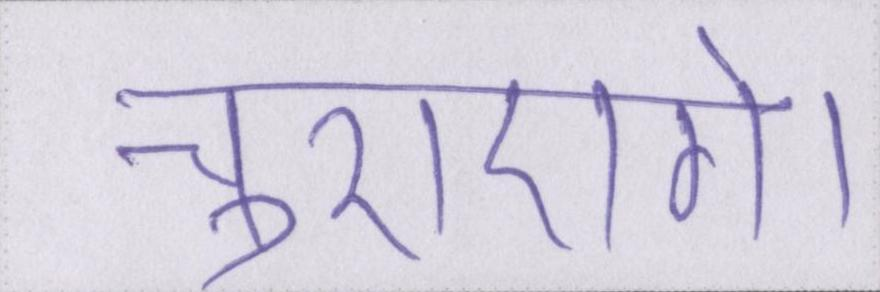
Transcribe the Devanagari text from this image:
चुराएंगे।